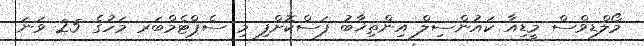
މޯލްޑިވްސް މީޑިިއާ ކައުންސިލް އިންތިޚާބު ފަސްކޮށްފި މި ސެޕްޓެމްބަރ މަހުގެ 25 ވަނަ